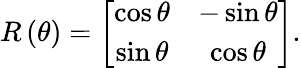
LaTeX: R\left(\theta\right)=\left[\begin{array}{cc}{\cos\theta}&{-\sin\theta}\\ {\sin\theta}&{\cos\theta}\end{array}\right].